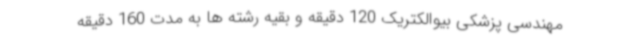
مهندسی پزشکی بیوالکتریک 120 دقیقه و بقیه رشته ها به مدت 160 دقیقه